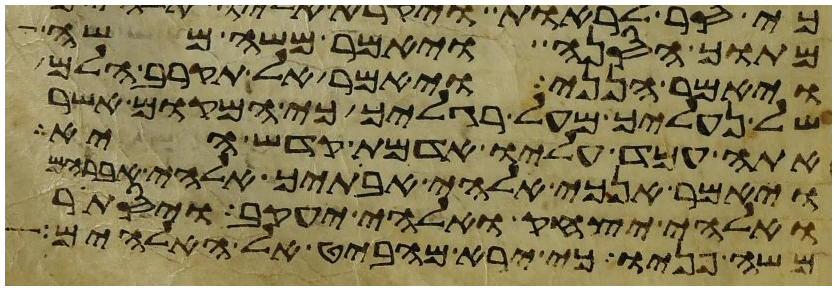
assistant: מתוך הסנה ויאמר משה משה
ויאמר הנני ויאמר אל תקרב הלם
של נעליך מעל רגליך כי המקום אשר
אתה עמד עליו אדמת קדש היא
ויאמר אנכי אלהי אבתיך אלהי אברהם
ואלהי יצחק ואלהי יעקב ויסתר
משה פניו כי ירא מהביט אל האלהים